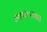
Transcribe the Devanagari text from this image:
आफ्टरमाथः